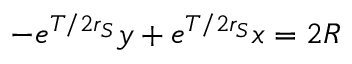
- e ^ { T / 2 r _ { S } } y + e ^ { T / 2 r _ { S } } x = 2 R